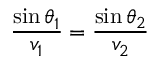
{ \frac { \sin \theta _ { 1 } } { v _ { 1 } } } = { \frac { \sin \theta _ { 2 } } { v _ { 2 } } }